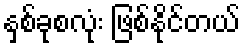
နှစ်ခုစလုံး ဖြစ်နိုင်တယ်